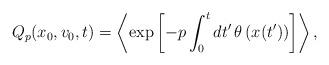
LaTeX: \begin{align*}Q_p(x_0,v_0,t)=\left\langle\exp\left[-p\int_0^t dt'\thinspace\theta\left(x(t')\right)\right]\right\rangle,\end{align*}